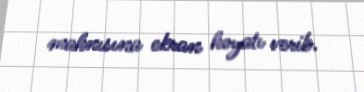
mahnısına ekran həyatı verib.